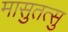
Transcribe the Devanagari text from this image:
मासुतत्सु